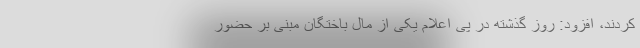
کردند، افزود: روز گذشته در پی اعلام یکی از مال باختگان مبنی بر حضور